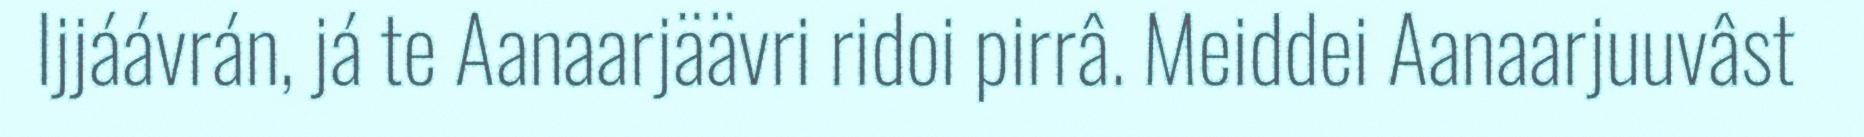
Ijjáávrán, já te Aanaarjäävri ridoi pirrâ. Meiddei Aanaarjuuvâst